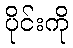
ပိုင်းကို